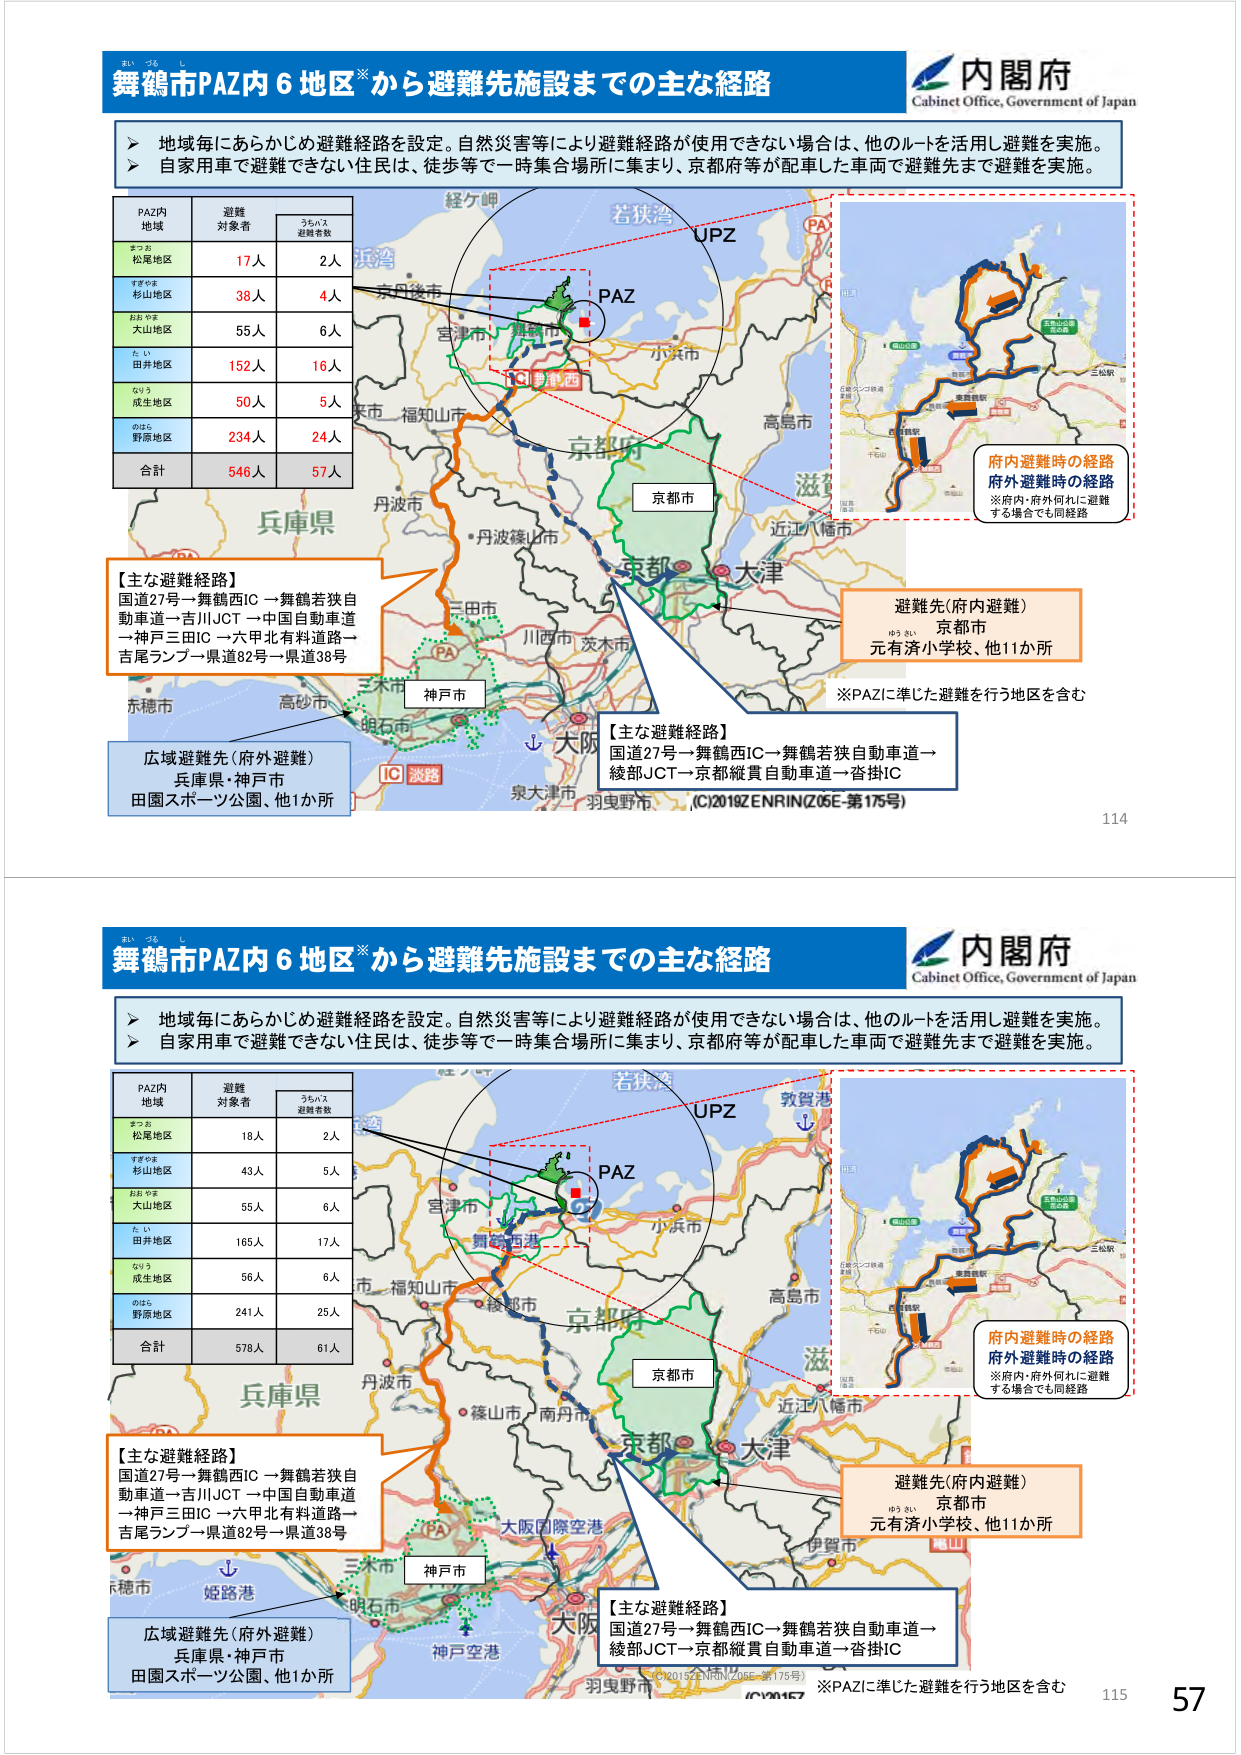
舞鶴市PAZ内６地区※から避難先施設までの主な経路
内閣府
Cabinet Office, Government of Japan

▶ 地域毎にあらかじめ避難経路を設定。自然災害等により避難経路が使用できない場合は、他のルートを活用し避難を実施。
▶ 自家用車で避難できない住民は、徒歩等で一時集合場所に集まり、京都府等が配車した車両で避難先まで避難を実施。

PAZ内
地域
避難
対象者
うちバス
避難者数
まつお
松尾地区
17人
2人
すずやま
杉山地区
38人
4人
おおやま
大山地区
55人
6人
た い
田井地区
152人
16人
なりう
成生地区
50人
5人
のばら
野原地区
234人
24人
合計
546人
57人

【主な避難経路】
国道27号→舞鶴西IC→舞鶴若狭自動車道→吉川JCT→中国自動車道→神戸三田IC→六甲北有料道路→吉尾ランプ→県道82号→県道38号

【主な避難経路】
国道27号→舞鶴西IC→舞鶴若狭自動車道→綾部JCT→京都縦貫自動車道→沓掛IC

府内避難時の経路
府外避難時の経路
※府内・府外何れに避難する場合でも同経路

避難先（府内避難）
京都市
元有済小学校、他11か所

広域避難先（府外避難）
兵庫県・神戸市
田園スポーツ公園、他1か所

(C)2018ZENRIN(Z05E-第175号)
114

舞鶴市PAZ内６地区※から避難先施設までの主な経路
内閣府
Cabinet Office, Government of Japan

▶ 地域毎にあらかじめ避難経路を設定。自然災害等により避難経路が使用できない場合は、他のルートを活用し避難を実施。
▶ 自家用車で避難できない住民は、徒歩等で一時集合場所に集まり、京都府等が配車した車両で避難先まで避難を実施。

PAZ内
地域
避難
対象者
うちバス
避難者数
まつお
松尾地区
18人
2人
すずやま
杉山地区
43人
5人
おおやま
大山地区
55人
6人
た い
田井地区
165人
17人
なりう
成生地区
56人
6人
のばら
野原地区
241人
25人
合計
578人
61人

【主な避難経路】
国道27号→舞鶴西IC→舞鶴若狭自動車道→吉川JCT→中国自動車道→神戸三田IC→六甲北有料道路→吉尾ランプ→県道82号→県道38号

【主な避難経路】
国道27号→舞鶴西IC→舞鶴若狭自動車道→綾部JCT→京都縦貫自動車道→沓掛IC

府内避難時の経路
府外避難時の経路
※府内・府外何れに避難する場合でも同経路

避難先（府内避難）
京都市
元有済小学校、他11か所

広域避難先（府外避難）
兵庫県・神戸市
田園スポーツ公園、他1か所

(C)2018ZENRIN(Z05E-第175号)
115
57